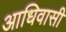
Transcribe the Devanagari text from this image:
आधिवासी